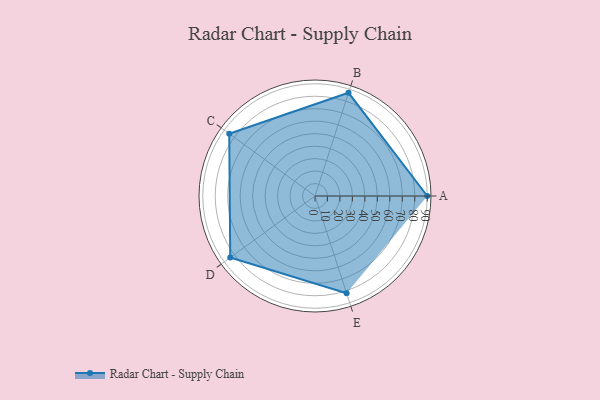
{"axis": {"x": "Skill", "y": "Score"}, "legend": ["Profile"], "data": [{"x": "A", "y": 90.0, "type": "Profile"}, {"x": "B", "y": 87.0, "type": "Profile"}, {"x": "C", "y": 85.0, "type": "Profile"}, {"x": "D", "y": 84.0, "type": "Profile"}, {"x": "E", "y": 82.0, "type": "Profile"}]}